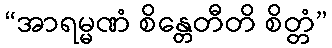
“အာရမ္မဏံ စိန္တေတီတိ စိတ္တံ”